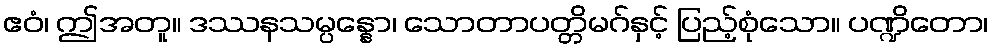
ဧဝံ၊ ဤအတူ။ ဒဿနသမ္ပန္နော၊ သောတာပတ္တိမဂ်နှင့် ပြည့်စုံသော။ ပဏ္ဍိတော၊